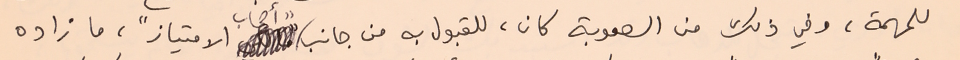
للمهمة، وفي ذلك من الصعوبة كان، للقبول به من جانب "أصحاب الامتياز"، ما زاده